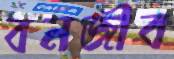
বনজীব